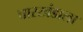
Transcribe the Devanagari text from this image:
चारखंडाला